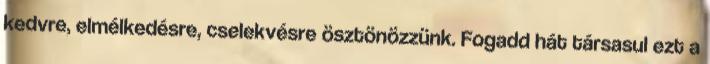
kedvre, elmélkedésre, cselekvésre ösztönözzünk. Fogadd hát társasul ezt a